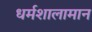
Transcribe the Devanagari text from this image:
धर्मशालामान